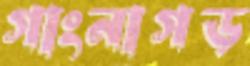
গাংনাগড়